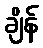
ချိန်